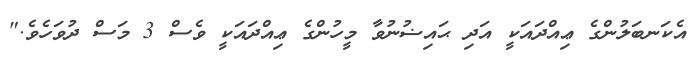
އެކަނބަލުންގެ ޢިއްދައަކީ އަދި ޙައިޟުނުވާ މީހުންގެ ޢިއްދައަކީ ވެސް 3 މަސް ދުވަހެވެ."